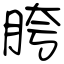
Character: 胯